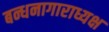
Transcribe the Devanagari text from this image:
बन्धनागाराध्यक्ष